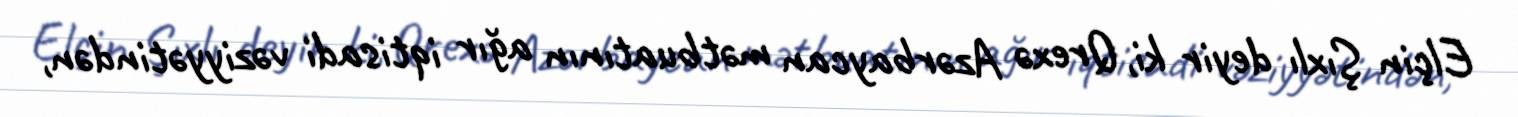
Elçin Şıxlı deyir ki, Qrexə Azərbaycan mətbuatının ağır iqtisadi vəziyyətindən,